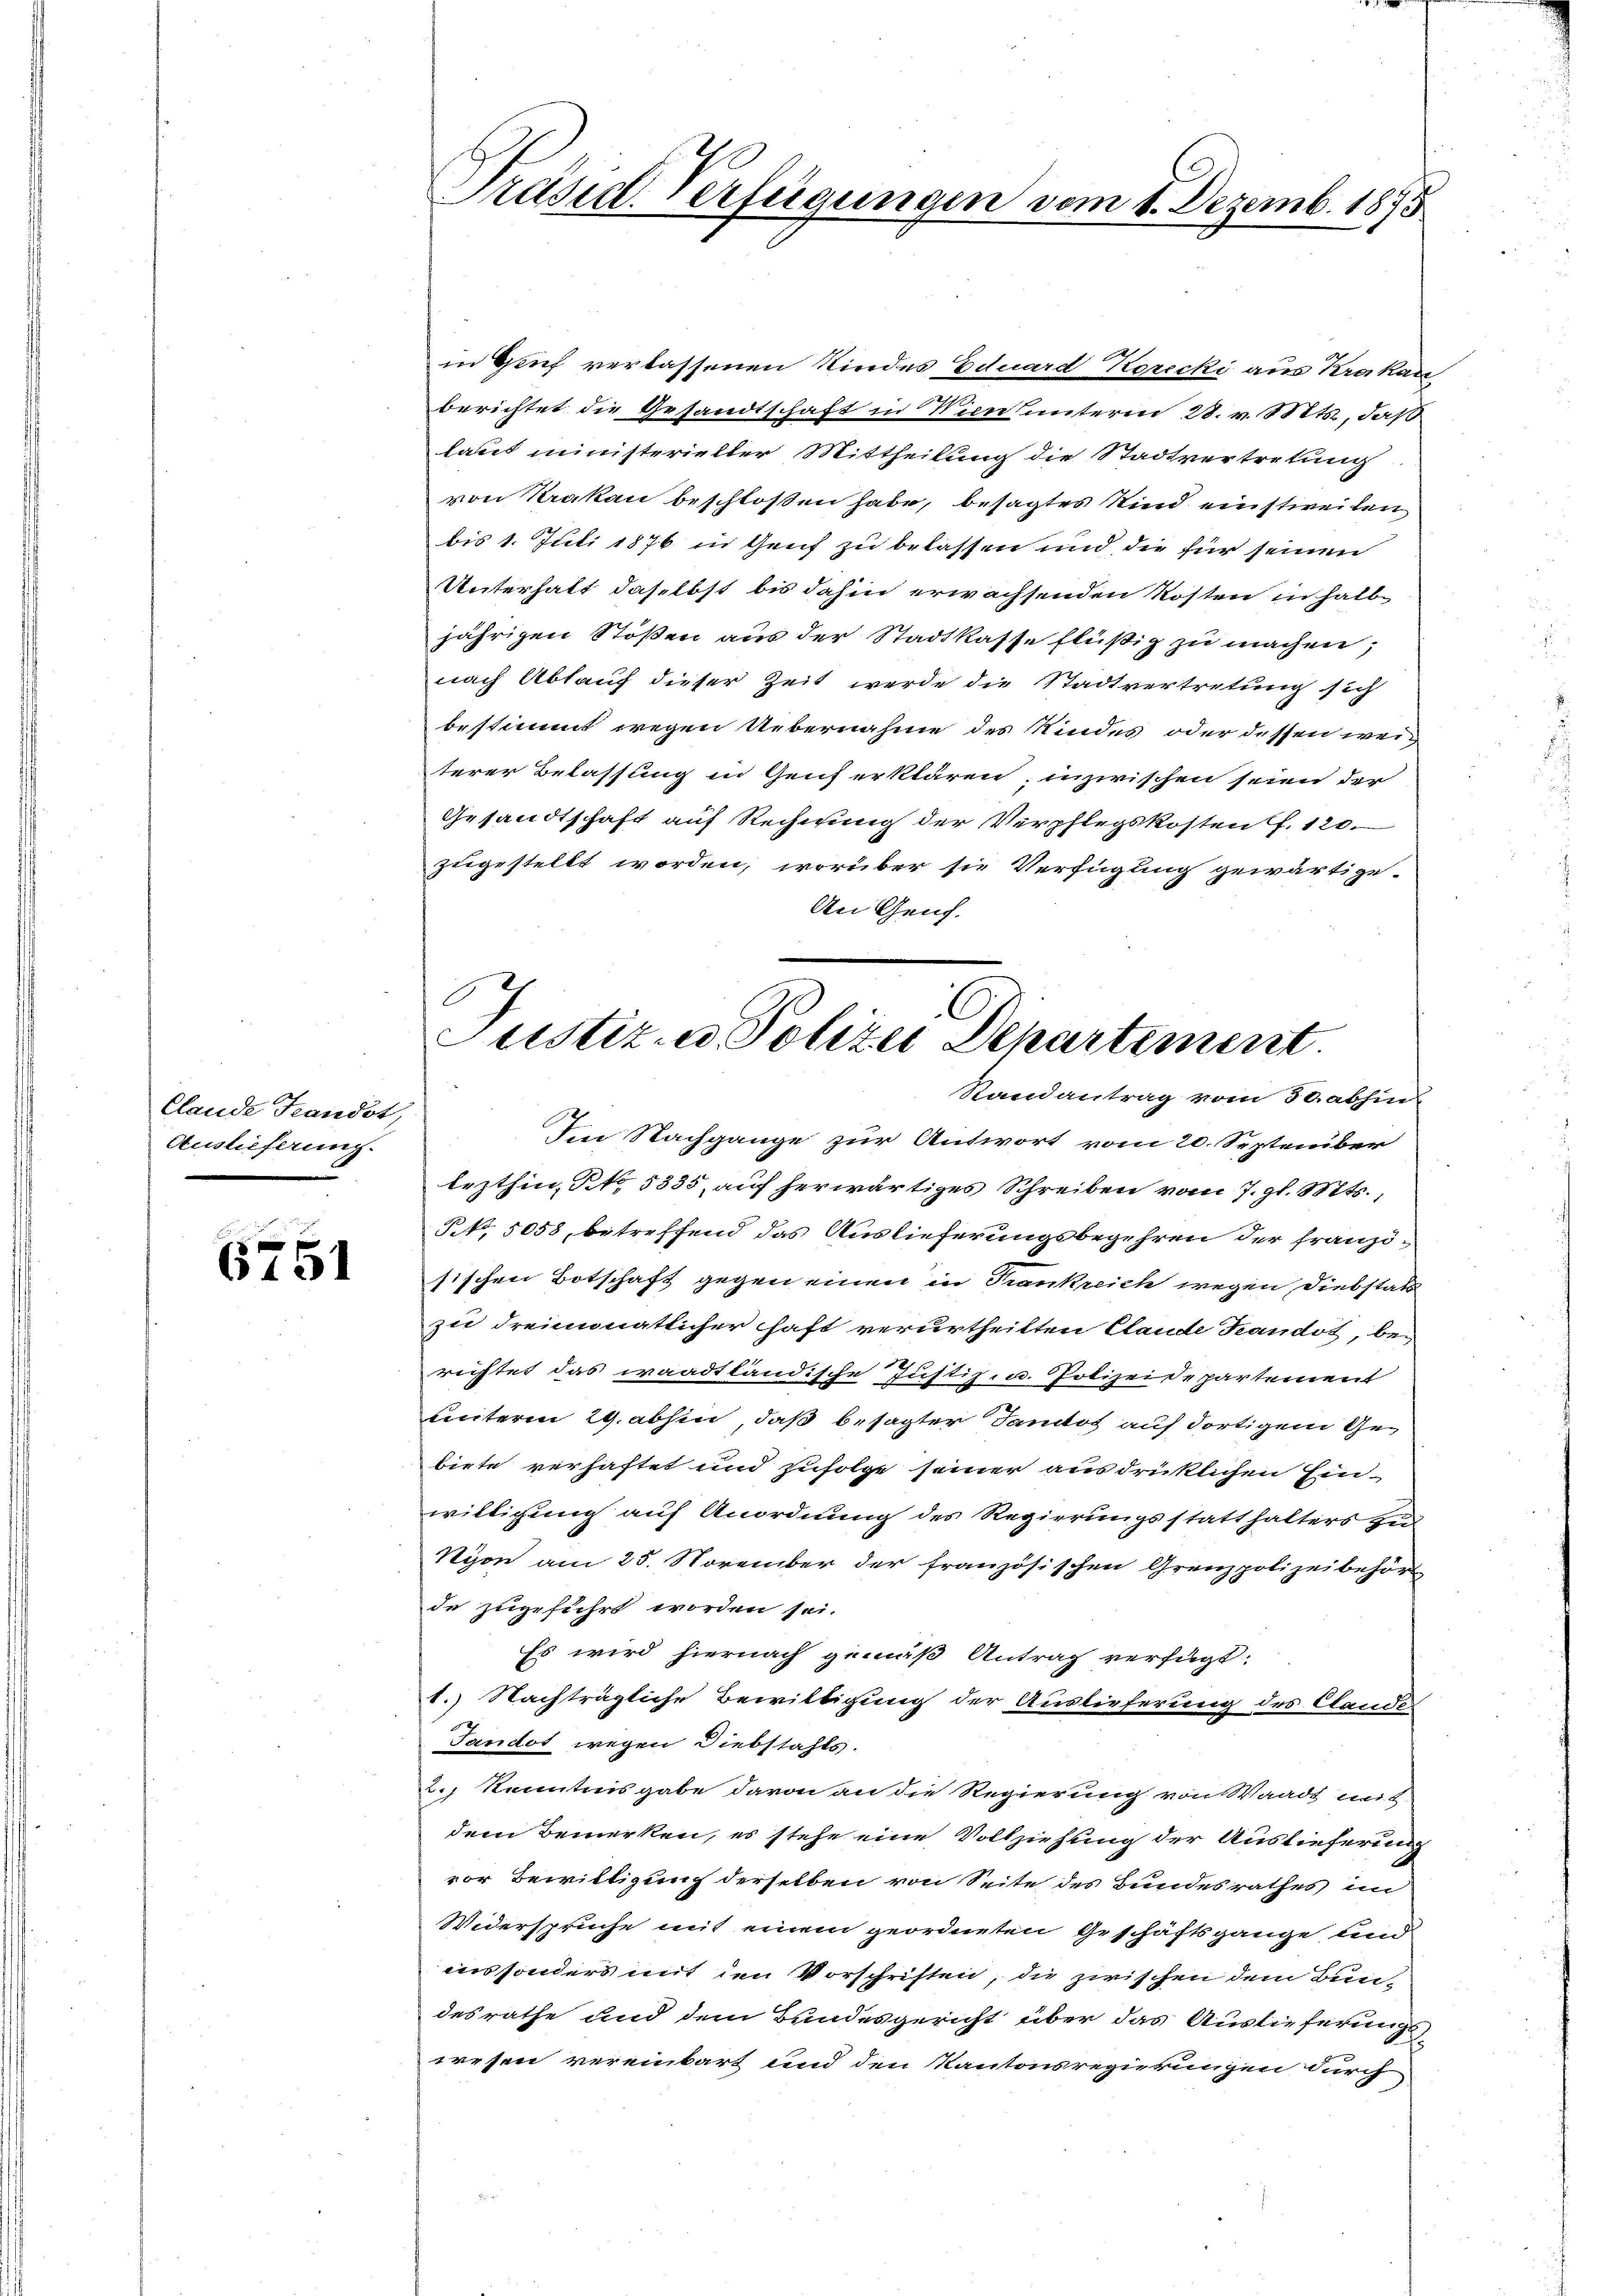
Clande Frandot,
Auslieferung.

6751

2
in Huf verlassenen Kindes Eduard Korecki aus Krakau
berichtet die Gesandtschaft in Vienunteren 28. v. Stit, daß
laut ministerieller Mittheilung die Stadtvertretung
von Krakau beschloßen habe, besagtes Kind einstweilen,
bis 1. Juli 1876 in Genf zu belassen und die für seinen
Unterhalt daselbst bis dahin erwachsenden Kosten in halb
jährigen Stoßen aus der Stadtkasse flüßig zu machen,
nach Ablauf dieser Zeit werde die Stadtvertretung sich
bestimmt wegen Uebernahme des Kindes oder dessen weiterer Belassung in Genf erklären; inzwischen seien der
Gesandtschaft auf Rechnung der Verpflegskosten f. 120.
zugestellt worden, worüber sie Verfügung gewärtige-
An Geneh-
Justiz in Polizei Departement

Präsid. Verfügungen vom 1. Dezemb. 1873

Randantrag vom 30. abhin

Ien Nachgange zur Antwort vom 20. September
lezthin, No. 5335 auf herwärtiges Schreiben vom 7. gl. Mts.,
NNo. 5058, betreffend das Auslieferungsbegehren der französischen Botschaft gegen einen in Krankreich wegen Diebstatt
zu dreimonatlicher haft verurtheilten Claude Kandot, berichtet das waadtländische Justiz- u. Polizeidepartement
unterm 29. abhin, daß besagter Sanctos auf dortigem Gebiete verhaftet und zufolge seiner ausdrücklichen Ein-
willigung auf Anordnung des Regierungsstatthalters zu
Nyon am 25. November der französischen Grenzpolizeibehört
de zugeführt worden sei.
Es wird hiernach gemäß Antrag verfügt:
1.) Nachträgliche Bewilligung der Auslieferung des Cande
Tandot wegen Diebstahls.
2.) Kenntnisgabe davon an die Regierung von Waadt mit
dem Bemerken, es stehe eine Vollziehung der Auslieferung
vor Bewilligung derselben von Seite des Bundesrathes im
Widerspruche mit einem geordneten Geschäftsgange, und
ins sonders mit den Vorschriften, die zwischen dem Bundesrathe und dem Bundesgericht über das Auslieferungswesen vereinbart und den Kantonsregierungen durch